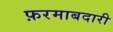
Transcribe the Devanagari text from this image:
फ़रमाबदारी